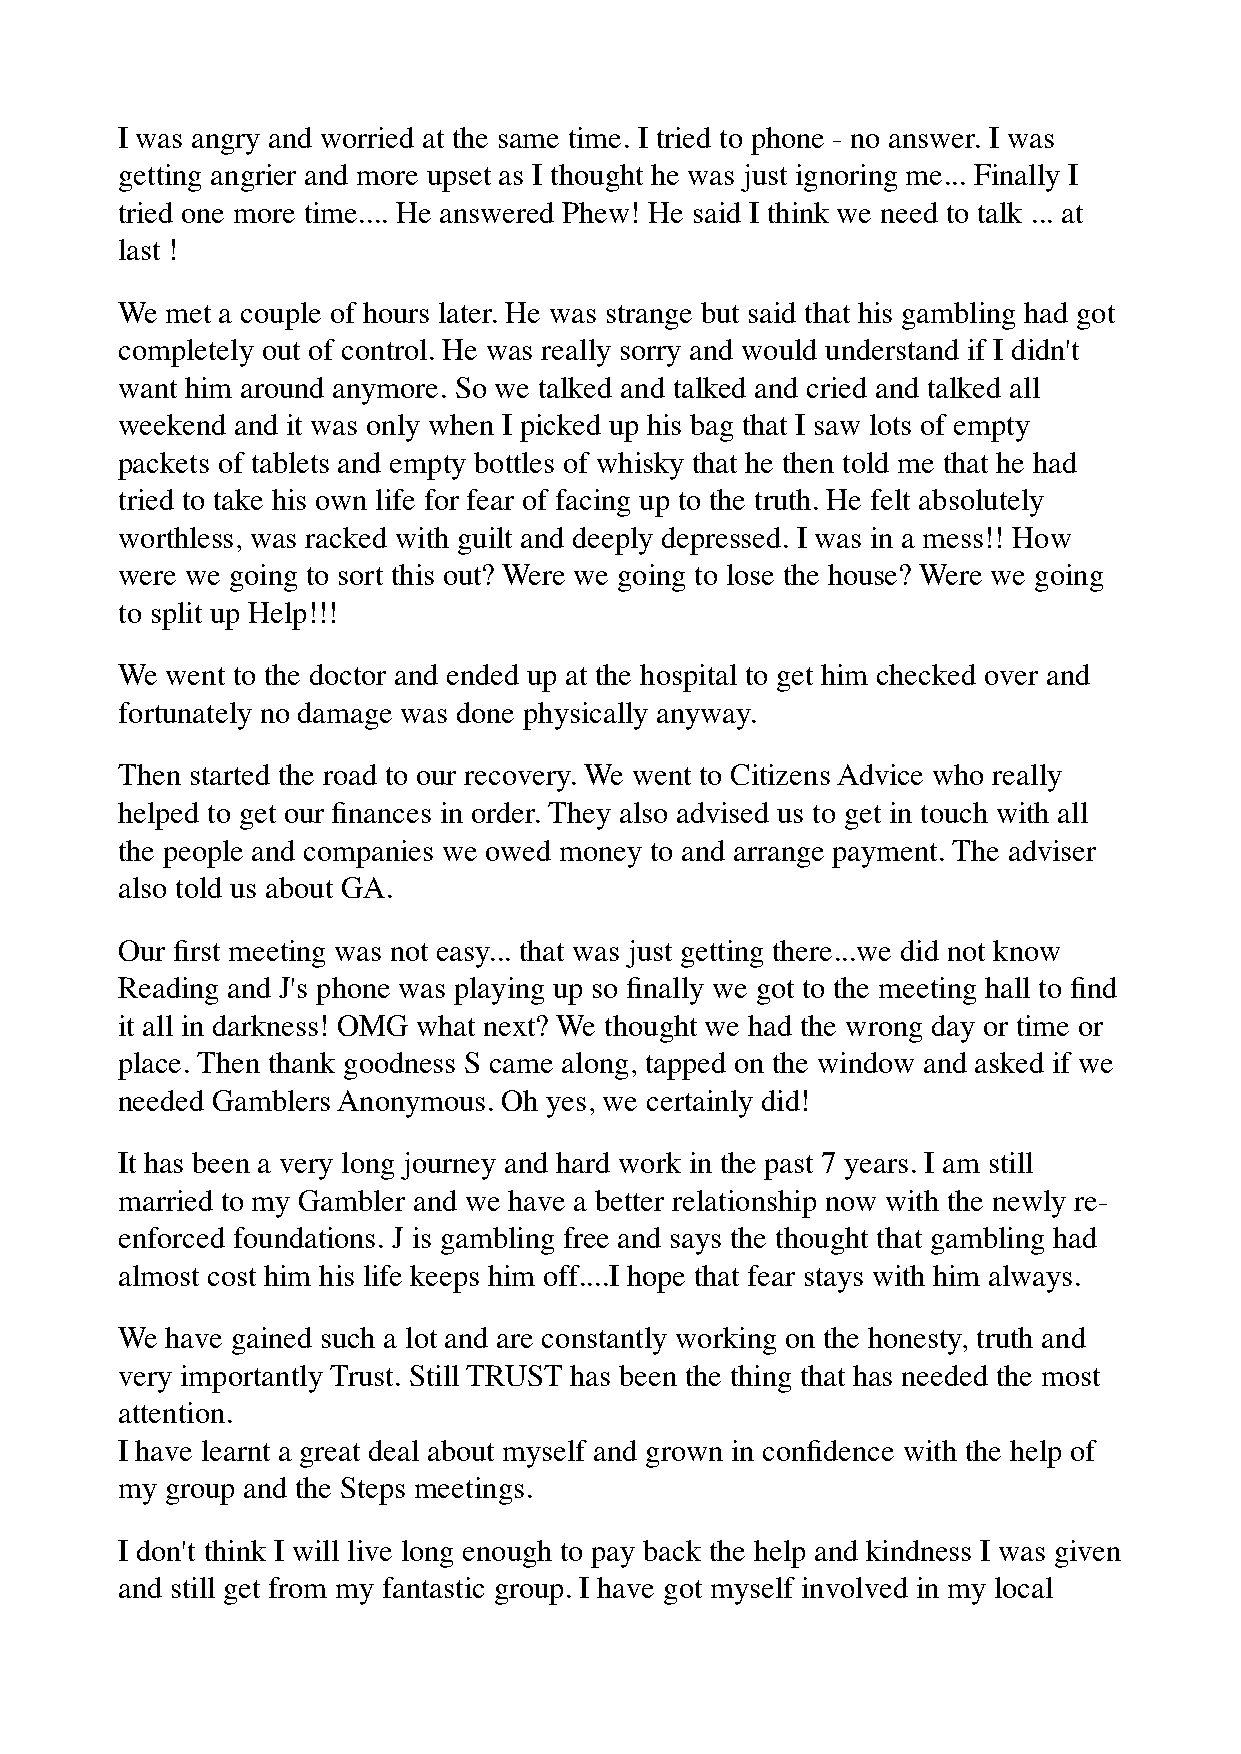
I was angry and worried at the same time. I tried to phone - no answer. I was
 getting angrier and more upset as I thought he was just ignoring me... Finally I
 tried one more time.... He answered Phew! He said I think we need to talk ... at
 last !
 We met a couple of hours later. He was strange but said that his gambling had got
 completely out of control. He was really sorry and would understand if I didn't
 want him around anymore. So we talked and talked and cried and talked all
 weekend and it was only when I picked up his bag that I saw lots of empty
 packets of tablets and empty bottles of whisky that he then told me that he had
 tried to take his own life for fear of facing up to the truth. He felt absolutely
 worthless, was racked with guilt and deeply depressed. I was in a mess!! How
 were we going to sort this out? Were we going to lose the house? Were we going
 to split up Help!!!
 We went to the doctor and ended up at the hospital to get him checked over and
 fortunately no damage was done physically anyway.
 Then started the road to our recovery. We went to Citizens Advice who really
 helped to get our finances in order. They also advised us to get in touch with all
 the people and companies we owed money to and arrange payment. The adviser
 also told us about GA.
 Our first meeting was not easy... that was just getting there...we did not know
 Reading and J's phone was playing up so finally we got to the meeting hall to find
 it all in darkness! OMG what next? We thought we had the wrong day or time or
 place. Then thank goodness S came along, tapped on the window and asked if we
 needed Gamblers Anonymous. Oh yes, we certainly did!
 It has been a very long journey and hard work in the past 7 years. I am still
 married to my Gambler and we have a better relationship now with the newly re-
 enforced foundations. J is gambling free and says the thought that gambling had
 almost cost him his life keeps him off....I hope that fear stays with him always.
 We have gained such a lot and are constantly working on the honesty, truth and
 very importantly Trust. Still TRUST has been the thing that has needed the most
 attention.
 I have learnt a great deal about myself and grown in confidence with the help of
 my group and the Steps meetings.
 I don't think I will live long enough to pay back the help and kindness I was given
 and still get from my fantastic group. I have got myself involved in my local